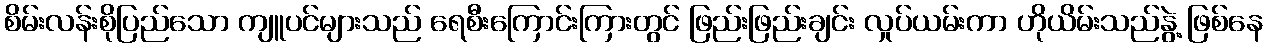
စိမ်းလန်းစိုပြည်သော ကျူပင်များသည် ရေစီးကြောင်းကြားတွင် ဖြည်းဖြည်းချင်း လှုပ်ယမ်းကာ ဟိုယိမ်းသည်နွဲ့ ဖြစ်နေ